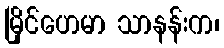
မြိုင်ဟေမာ သာနန်းက၊